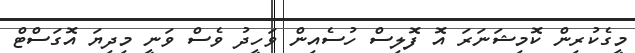
މީގެކުރިން ކޮމިޝަނަރަ އޮ ފޮލިސް ހުސެއިން ވަހީދު ވެސް ވަނީ މިދިޔަ އޮގަސްޓް